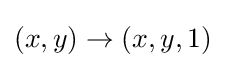
(x,y)\rightarrow (x,y,1)